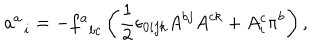
LaTeX: a _ { \; \; i } ^ { a } = - f _ { \; \; b c } ^ { a } \left( \frac { 1 } { 2 } \epsilon _ { 0 i j k } A ^ { b j } A ^ { c k } + A _ { i } ^ { c } \pi ^ { b } \right) ,